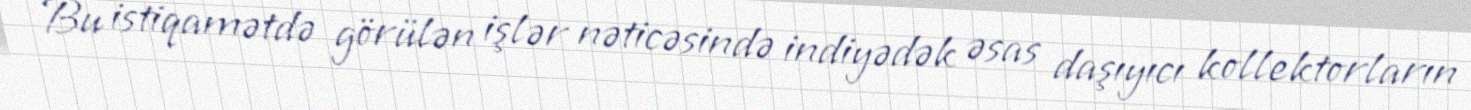
Bu istiqamətdə görülən işlər nəticəsində indiyədək əsas daşıyıcı kollektorların